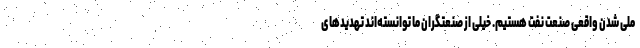
ملی شدن واقعی صنعت نفت هستیم. خیلی از صنعتگران ما توانسته‌اند تهدیدهای